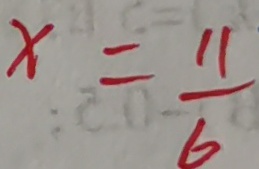
x = \frac { 1 1 } { 6 }